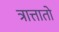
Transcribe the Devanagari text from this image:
त्रात्तातो